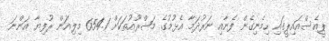
ޕީއެެސްއައިޕީގައި ހިމެނިގެން ފެނާއި ނަރުދަމާ އެޅުމުގެ މަޝްރޫއުތަަކަށް 654.1 މިލިއަން ރުފިޔާ އަންނަ